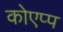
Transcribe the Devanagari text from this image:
कोएप्प